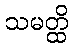
သမတ္ထိ